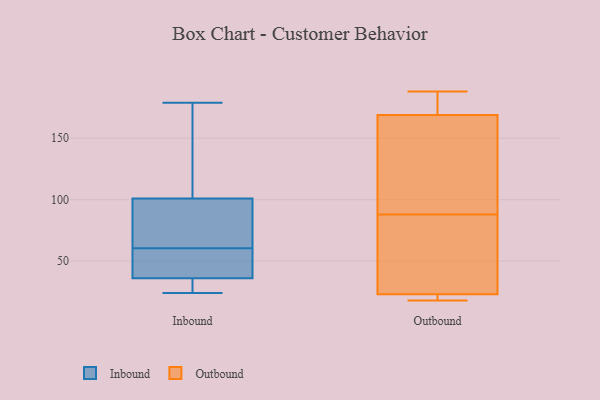
{"axis": {"x": "Tickets Resolved", "y": "Value"}, "legend": ["Inbound", "Outbound"], "data": [{"x": "", "y": 93, "type": "Inbound"}, {"x": "", "y": 179, "type": "Inbound"}, {"x": "", "y": 27, "type": "Inbound"}, {"x": "", "y": 100, "type": "Inbound"}, {"x": "", "y": 26, "type": "Inbound"}, {"x": "", "y": 76, "type": "Inbound"}, {"x": "", "y": 60, "type": "Inbound"}, {"x": "", "y": 102, "type": "Inbound"}, {"x": "", "y": 44, "type": "Inbound"}, {"x": "", "y": 160, "type": "Inbound"}, {"x": "", "y": 28, "type": "Inbound"}, {"x": "", "y": 24, "type": "Inbound"}, {"x": "", "y": 61, "type": "Inbound"}, {"x": "", "y": 59, "type": "Inbound"}, {"x": "", "y": 149, "type": "Inbound"}, {"x": "", "y": 45, "type": "Inbound"}, {"x": "", "y": 51, "type": "Outbound"}, {"x": "", "y": 67, "type": "Outbound"}, {"x": "", "y": 109, "type": "Outbound"}, {"x": "", "y": 169, "type": "Outbound"}, {"x": "", "y": 20, "type": "Outbound"}, {"x": "", "y": 159, "type": "Outbound"}, {"x": "", "y": 188, "type": "Outbound"}, {"x": "", "y": 55, "type": "Outbound"}, {"x": "", "y": 154, "type": "Outbound"}, {"x": "", "y": 23, "type": "Outbound"}, {"x": "", "y": 171, "type": "Outbound"}, {"x": "", "y": 18, "type": "Outbound"}, {"x": "", "y": 22, "type": "Outbound"}, {"x": "", "y": 172, "type": "Outbound"}]}